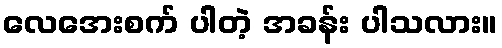
လေအေးစက် ပါတဲ့ အခန်း ပါသလား။